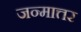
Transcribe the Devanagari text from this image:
जन्मात्तर